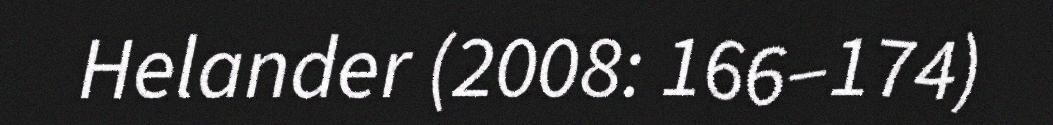
Helander (2008: 166‒174)